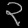
Digit: ၃